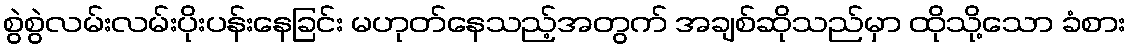
စွဲစွဲလမ်းလမ်းပိုးပန်းနေခြင်း မဟုတ်နေသည့်အတွက် အချစ်ဆိုသည်မှာ ထိုသို့သော ခံစား